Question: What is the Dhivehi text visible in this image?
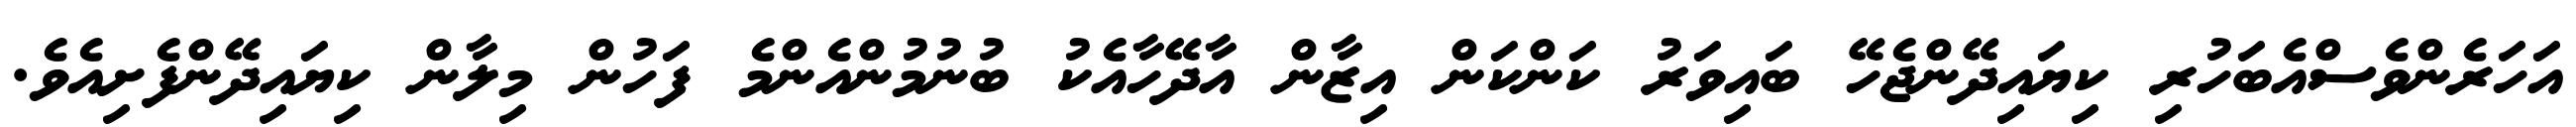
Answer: އަހަރެންވެސްއެބަހުރި ކިޔައިދޭންޖެހޭ ބައިވަރު ކަންކަން އިޒާން އާދޭހާއެކު ބުނުމުންއެންމެ ފަހުން މިލާން ކިޔައިދޭންފެށިއެވެ.